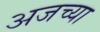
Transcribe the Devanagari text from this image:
अजच्या